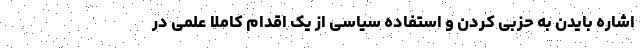
اشاره بایدن به حزبی کردن و استفاده سیاسی از یک اقدام کاملا علمی در